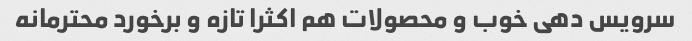
سرویس دهی خوب و محصولات هم اکثرا تازه و برخورد محترمانه